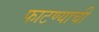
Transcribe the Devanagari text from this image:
फाटण्याची